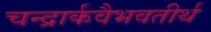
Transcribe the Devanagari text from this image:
चन्द्रार्कवैभवतीर्थ